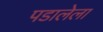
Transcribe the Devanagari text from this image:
पडालेला